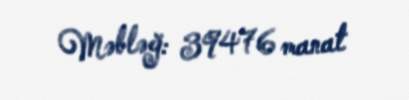
Məbləğ: 39476 manat